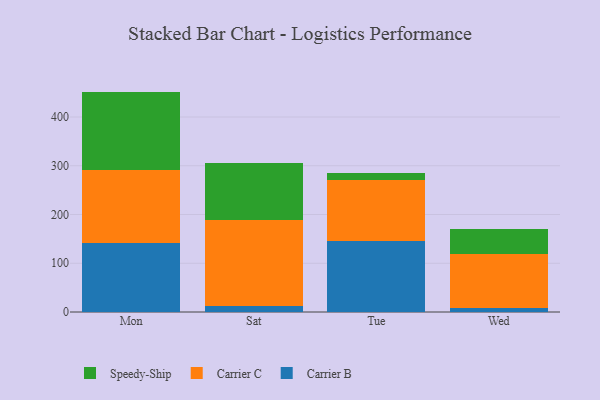
{"axis": {"x": "Day", "y": "Production Output"}, "legend": ["Carrier B", "Carrier C", "Speedy-Ship"], "data": [{"x": "Mon", "y": 142.2, "type": "Carrier B"}, {"x": "Mon", "y": 149.1, "type": "Carrier C"}, {"x": "Mon", "y": 160.8, "type": "Speedy-Ship"}, {"x": "Sat", "y": 11.7, "type": "Carrier B"}, {"x": "Sat", "y": 176.3, "type": "Carrier C"}, {"x": "Sat", "y": 118.2, "type": "Speedy-Ship"}, {"x": "Tue", "y": 145.0, "type": "Carrier B"}, {"x": "Tue", "y": 126.6, "type": "Carrier C"}, {"x": "Tue", "y": 14.2, "type": "Speedy-Ship"}, {"x": "Wed", "y": 8.1, "type": "Carrier B"}, {"x": "Wed", "y": 110.4, "type": "Carrier C"}, {"x": "Wed", "y": 51.0, "type": "Speedy-Ship"}]}